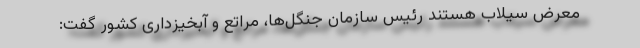
معرض سیلاب‌ هستند رئیس سازمان جنگل‌ها، مراتع و آبخیزداری کشور گفت: